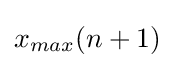
x_{max}(n+1)